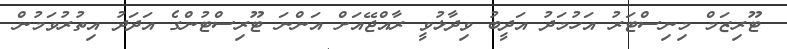
ޓޫރިޒަމް މިނިސްޓަރު އަހުމަދު އަދީބު ވިދާޅުވީ ރާއްޖޭއަށް އަންނަ ޓޫރިސްޓުންގެ އަދަދު އިތުރުވަމުން